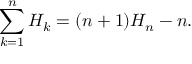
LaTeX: \sum _ { k = 1 } ^ { n } H _ { k } = ( n + 1 ) H _ { n } - n .